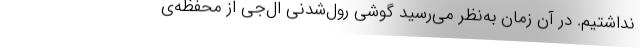
نداشتیم. در آن زمان به‌نظر می‌رسید گوشی رول‌شدنی ال‌جی از محفظه‌ی